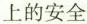
上的安全